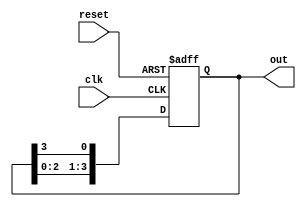
module ring_counter (
    input wire clk,
    input wire reset,
    output reg [N-1:0] out
);

parameter N = 4; // Number of flip-flops in the ring counter
reg [N-1:0] reg_out; // Internal register to hold the counter states

always @ (posedge clk or posedge reset) begin
    if (reset) begin
        reg_out <= 0;
    end else begin
        reg_out <= {reg_out[N-2:0], reg_out[N-1]};
    end
end

assign out = reg_out;

endmodule